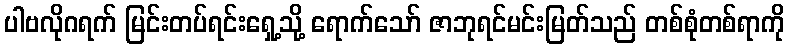
ပါဗလိုဂရက် မြင်းတပ်ရင်းရှေ့သို့ ရောက်သော် ဇာဘုရင်မင်းမြတ်သည် တစ်စုံတစ်ရာကို